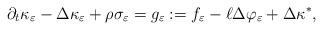
LaTeX: \begin{align*} \partial_t\kappa_{\varepsilon} - \Delta \kappa_{\varepsilon} + \rho\sigma_{\varepsilon}= g_{\varepsilon} := f_{\varepsilon} - \ell \Delta \varphi_{\varepsilon} + \Delta \kappa^*,\end{align*}